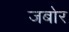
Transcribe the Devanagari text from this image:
जबोर